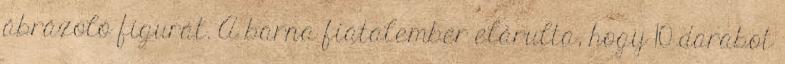
ábrázoló figurát. A barna fiatalember elárulta, hogy 10 darabot